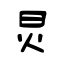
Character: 炅